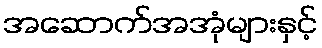
အဆောက်အအုံများနှင့်